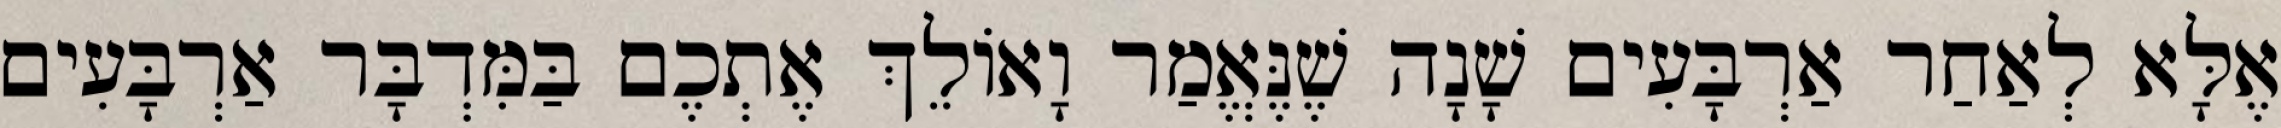
אֶלָּא לְאַחַר אַרְבָּעִים שָׁנָה שֶׁנֶּאֱמַר וָאוֹלֵךְ אֶתְכֶם בַּמִּדְבָּר אַרְבָּעִים